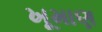
ખૂમાણ